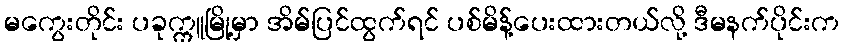
မကွေးတိုင်း ပခုက္ကူမြို့မှာ အိမ်ပြင်ထွက်ရင် ပစ်မိန့်ပေးထားတယ်လို့ ဒီမနက်ပိုင်းက